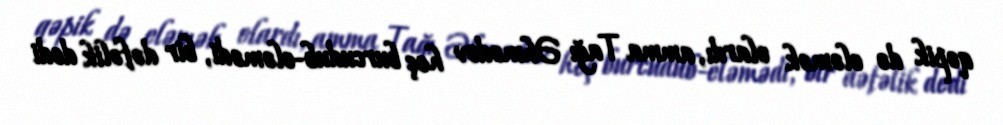
qəpik də eləmək olardı, amma Tağı Əhmədov heç burcudub-eləmədi, bir dəfəlik dedi